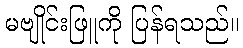
မဗျိုင်းဖြူကို ပြန်ရသည်။